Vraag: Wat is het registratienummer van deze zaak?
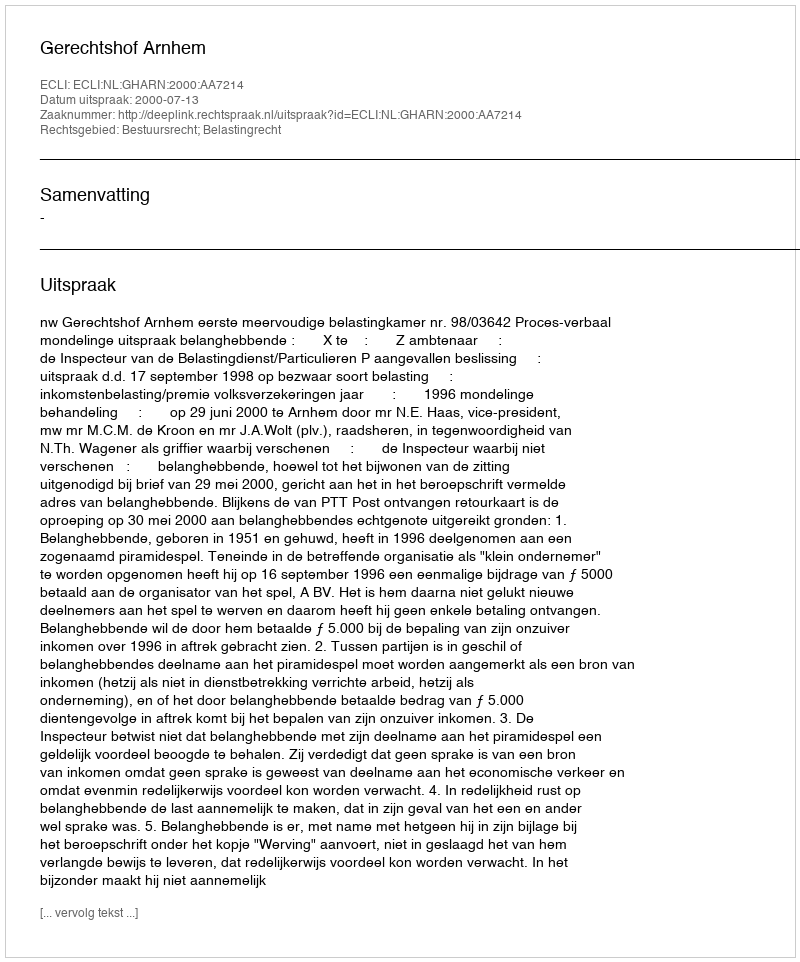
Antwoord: http://deeplink.rechtspraak.nl/uitspraak?id=ECLI:NL:GHARN:2000:AA7214